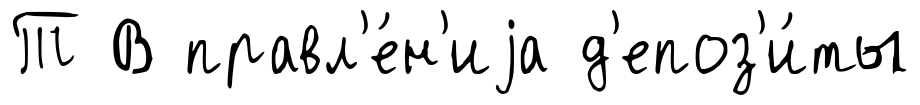
Т В правл'е́н'иjа д'епоз'и́ты